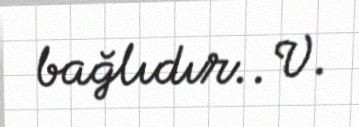
bağlıdır.. V.